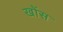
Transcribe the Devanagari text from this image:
खोंस